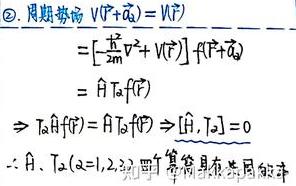
&\textcircled{2}周期势场\(\V(\vec{r}+\vec{a}_{\alpha})=V(\vec{r})\)\\
\(&=\left[-\frac{\hbar^{2}}{2m}\nabla^{2}+V(\vec{r})\right]f(\vec{r}+\vec{a}_{\alpha})\)\\
\(&=\(\hat{H}\)T_{\alpha}f(\vec{r})\)\\
\(&\RightarrowT_{\alpha}\(\hat{H}\)f(\vec{r})=\(\hat{H}\)T_{\alpha}f(\vec{r})\Rightarrow[\(\hat{H}\),T_{\alpha}]=0\)\\
\(&\therefore\T_{\alpha}(\alpha=1,2,3)\)与\(\hat{H}\)具有共同本征态